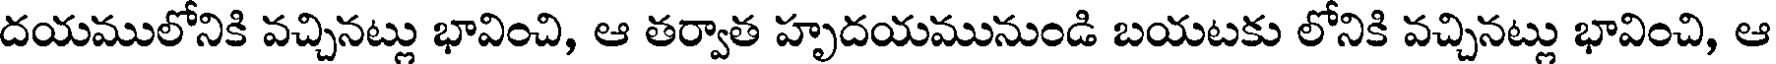
దయములోనికి వచ్చినట్లు భావించి, ఆ తర్వాత హృదయమునుండి బయటకు లోనికి వచ్చినట్లు భావించి, ఆ